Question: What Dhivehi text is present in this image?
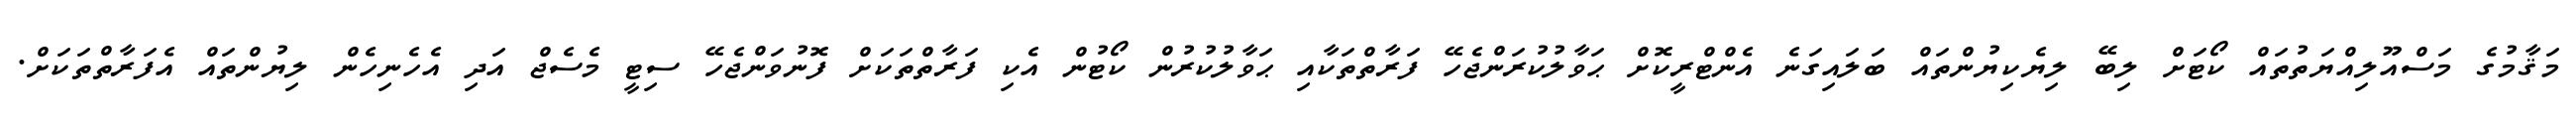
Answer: މަޤާމުގެ މަސްއޫލިއްޔަތުތައް ކޯޓަށް ލިބޭ ލިޔެކިޔުންތައް ބަލައިގަނެ އެންޓްރީކޮށް ޙަވާލުކުރަންޖެހޭ ފަރާތްތަކާއި ޙަވާލުކުރުން ކޯޓުން އެކި ފަރާތްތަކަށް ފޮނުވަންޖެހޭ ސިޓީ މެސެޖް އަދި އެހެނިހެން ލިޔުންތައް އެފަރާތްތަކަށް.